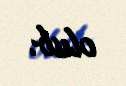
olub.